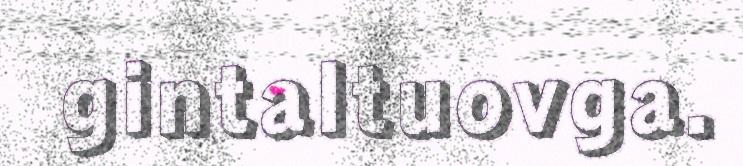
gintaltuovga.